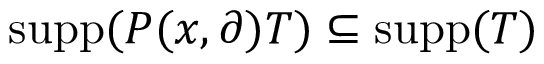
\operatorname { s u p p } ( P ( x , \partial ) T ) \subseteq \operatorname { s u p p } ( T )